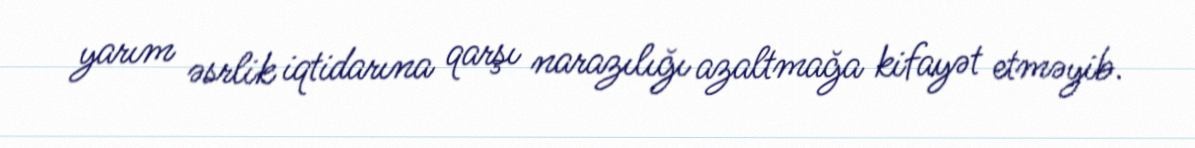
yarım əsrlik iqtidarına qarşı narazılığı azaltmağa kifayət etməyib.